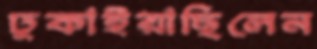
ঢুকাইয়াছিলেন